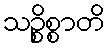
သဉ္စိစ္စာတိ